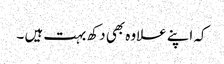
کہ اپنے علاوہ بھی دکھ بہت ہیں ۔